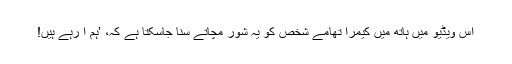
اس ویڈیو میں ہاتھ میں کیمرا تھامے شخص کو یہ شور مچاتے سنا جاسکتا ہے کہ، ’ہم آ رہے ہیں!